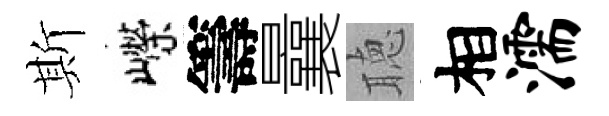
斯嶸籌曩聴相濡